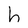
Character: h